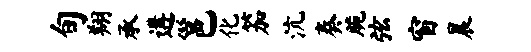
旬翔承遘邕化笳沆奏脆弦窗晨